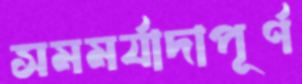
সমমর্যাদাপূর্ণ